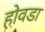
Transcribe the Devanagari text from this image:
होवडा